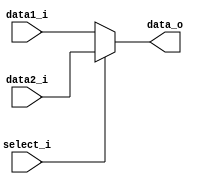
module MUX32
(
    data1_i,
    data2_i,
    select_i,
    data_o
);

// Ports
input   [31:0]      data1_i;
input   [31:0]      data2_i;
input               select_i;
output  [31:0]      data_o;

reg     [31:0]      data_o;

always@(data1_i or data2_i or select_i)
begin
    data_o = select_i? data2_i : data1_i;
end

endmodule